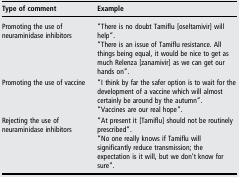
<table><thead><tr><td><b>Type of comment</b></td><td><b>Example</b></td></tr></thead><tbody><tr><td rowspan="2">Promoting the use of neuraminidase inhibitors</td><td>“There is no doubt Tamiflu [oseltamivir] will help”.</td></tr><tr><td>“There is an issue of Tamiflu resistance. All things being equal, it would be nice to get as much Relenza [zanamivir] as we can get our hands on”.</td></tr><tr><td rowspan="2">Promoting the use of vaccine</td><td>“I think by far the safer option is to wait for the development of a vaccine which will almost certainly be around by the autumn”.</td></tr><tr><td>“Vaccines are our real hope”.</td></tr><tr><td rowspan="2">Rejecting the use of neuraminidase inhibitors</td><td>“At present it [Tamiflu] should not be routinely prescribed”.</td></tr><tr><td>“No one really knows if Tamiflu will significantly reduce transmission; the expectation is it will, but we don&#x27;t know for sure”.</td></tr></tbody></table>